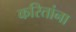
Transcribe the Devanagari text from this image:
करितांना